Scientific memoirs by medical officers of the Army of India - Part VII,
Year: 1892
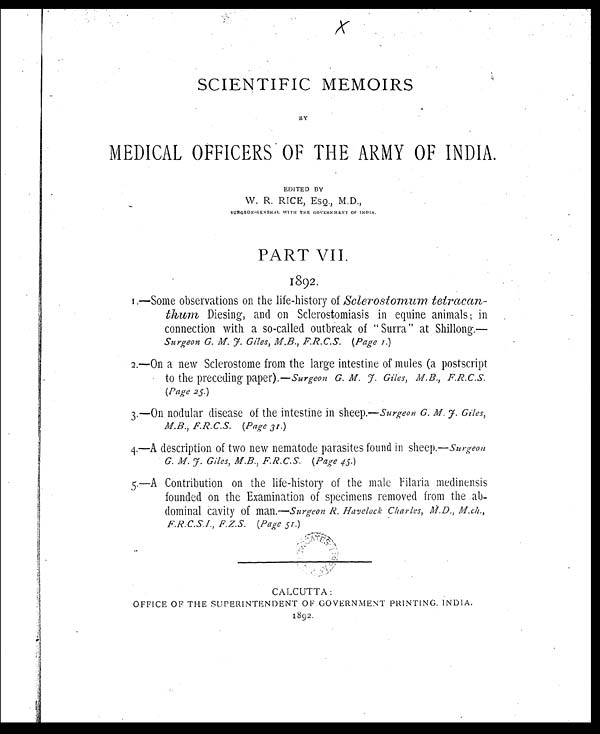
SCIENTIFIC MEMOIRS
BY
MEDICAL OFFICERS OF THE ARMY OF INDIA.
EDITED BY
W. R. RICE, ESQ., M.D .,
SURGEON-GENERAL WITH THE GOVERNMENT OF INDIA.
PART VII.
1892.
I.—Some observations on the life-history of Sclerosiontum tetracan-
t h u m
, D i e s i n g , a n d o n S c l e r o s t o m i a s i s i n e q u i n e a n i m a l s ; i n
connection with a so-called outbreak of " Surra" at Shillong.
Surgeon G. M. f. Giles, M.B., F.R.C.S. (Page 1.)
2.—On a new Sclerostome from the large intestine of mules (a postscript
to the preceding paper).— Surgeon G. M. 7. Giles, M.B., F.R.C.S.
(Page 25.)
3.—On nodular disease of the intestine in sheep.— Surgeon G. M. f. Giles,
M.B., F.R.C.S. (Page 31.)
4.—A description of two new nematode parasites found in sheep.— Surgeon
G.f. Giles, M.B., F R.C.S. (Page 45.)
5.—A Contribution on the life-history of the male Filaria medinensis
founded on the Examination of specimens removed from the ab-
dominal Cavity of man.—Surgeon R. Havelock Charles, M.D., M.ch.,
F.Z.S. (Page 51.)
CALCUTTA:
OFFICE OF THE SUPERINTENDENT OF.GOVERNMENT PRINTING. INDIA.
1892.